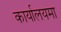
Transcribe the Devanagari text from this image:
कार्यालयमा